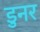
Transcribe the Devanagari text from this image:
डुनर